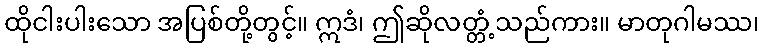
ထိုငါးပါးသော အပြစ်တို့တွင့်။ ဣဒံ၊ ဤဆိုလတ္တံ့သည်ကား။ မာတုဂါမဿ၊